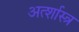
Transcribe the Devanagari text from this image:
अर्त्शास्त्र